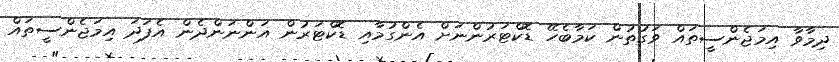
ދިމާވާ އިމަޖެންސީތައް ވަގުތުން ކަމާބެހޭ ޑޮކްޓަރުންނަށް އެންގުމާއި ޑޮކްޓަރުން އަންނަންދެން އެފަދަ އިމަޖެންސީތައް